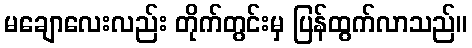
မချောလေးလည်း တိုက်တွင်းမှ ပြန်ထွက်လာသည်။